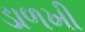
ડાળખી